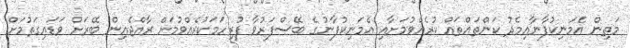
މަތިން އެމަނިކުފާނާއިމެދު ކަންތައްތައް ކުރެއްވުމަށާއި އެމަނިކުފާނުގެ ބޭސްފަރުވާ ފުރިހަަމަކުރެއްވުމަށް ރާއްޖެއިން ބޭރަށް ވަޑައިގަތުމަށް